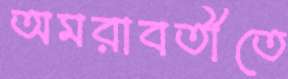
অমরাবতীতে